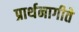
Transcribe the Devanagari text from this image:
प्रार्थनागीते